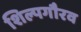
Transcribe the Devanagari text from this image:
शिल्पगौरव